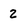
Character: 2